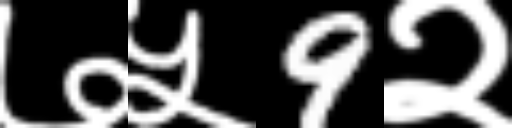
Text: ७५9२